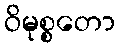
ဝိမုစ္စတော